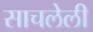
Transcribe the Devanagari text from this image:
साचलेली